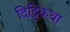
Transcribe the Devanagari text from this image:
दिट्टिकथा